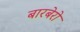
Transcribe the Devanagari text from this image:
बारबेरो